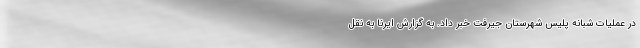
در عملیات شبانه پلیس شهرستان جیرفت خبر داد. به گزارش ایرنا به نقل